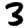
Digit: 3